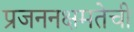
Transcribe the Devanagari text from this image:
प्रजननक्षमतेची